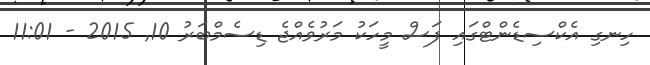
ހިނގި އެކްސިޑެންޓްގައި ފަސް މީހަކު މަރުވެއްޖެ ޑިސެމްބަރު 10